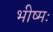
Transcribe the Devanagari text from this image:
भीष्मः